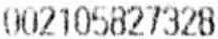
002105827328